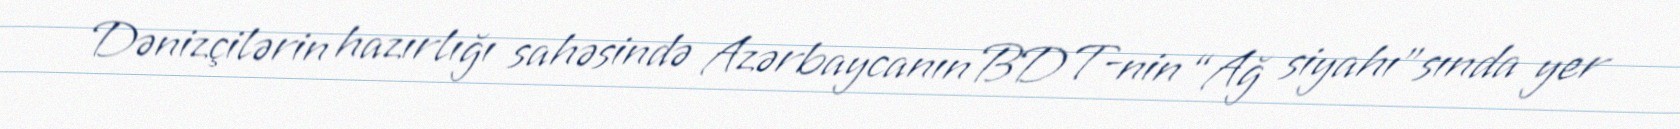
Dənizçilərin hazırlığı sahəsində Azərbaycanın BDT-nin “Ağ siyahı”sında yer